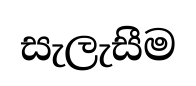
සැලැසීම